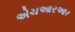
એચઆરઆર